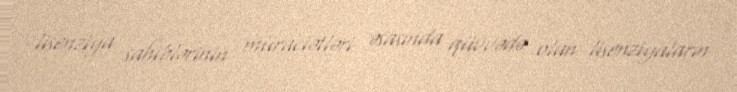
lisenziya sahiblərinin müraciətləri əsasında qüvvədə olan lisenziyaların